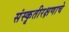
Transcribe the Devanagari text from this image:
संस्कृतीरक्षणाचे